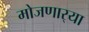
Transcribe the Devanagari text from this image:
मोजणार्‍या